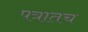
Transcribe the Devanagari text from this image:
पत्रातच